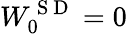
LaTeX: W_{0}^{\mathrm{~S~D~}}=0